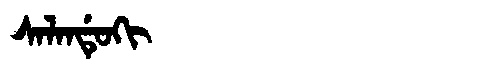
Manchu: ᠰᠠᠯᠠᠨᡩᡠᡴᡳ
Romanization: SALANDUKI